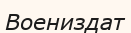
Воениздат